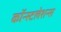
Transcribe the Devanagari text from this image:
कॉन्स्टलेशन्स